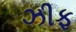
ઝીફ